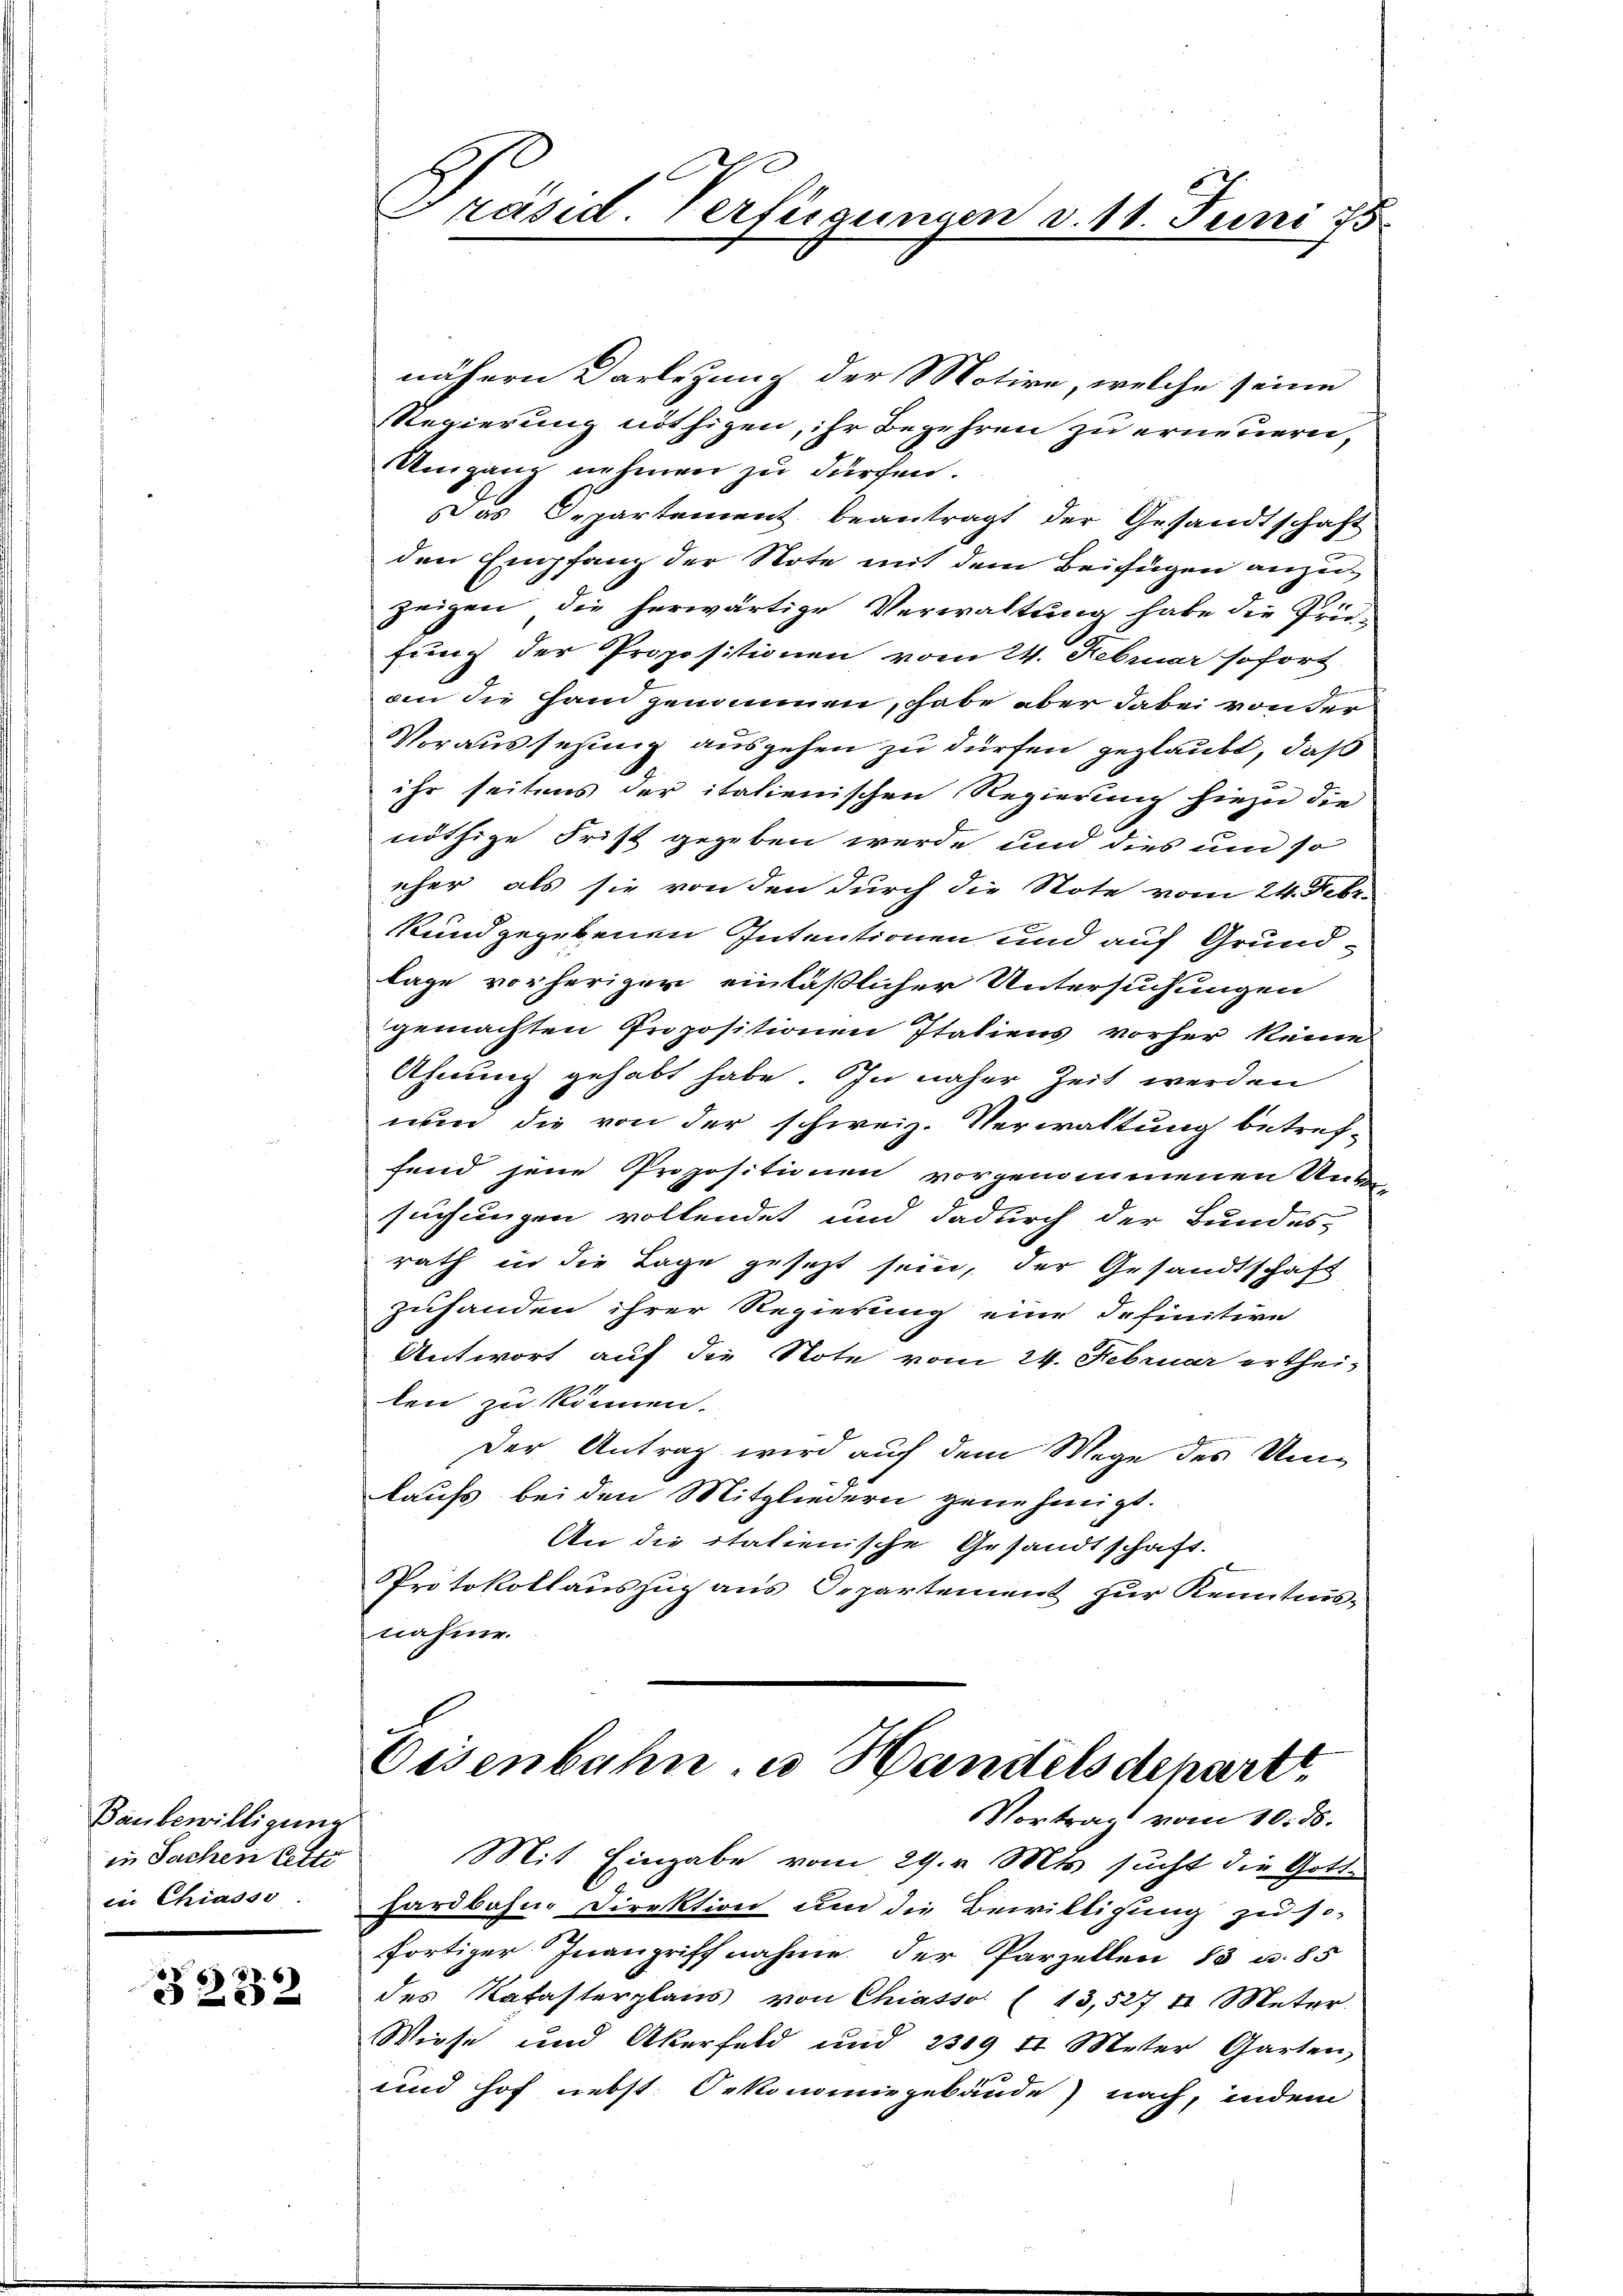
Baubewilligung
in Sachen Cette
in Chiasso.

3222

Präsid. Verfügungen v. 11. Juni 175.

nähern Darlegung der Motive, welche seine
Regierung nöthigen, ihr Begehren zu erneuern,
Umgang nehmen zu dürfen.
as Departement beantragt der Gesandtschaft
den Empfang der Note mit dem Beifügen anzuzeigen, die herwärtige Verwaltung habe die Friefung der Propositionen vom 24. Februar sofort
an die sam genommen, habe aber dabei von der
Voraussesung ausgehen zu dürfen geglaubt, daß
ihr seitens der italienischen Regierung hiezu die
nöthige Frist gegeben werde und dies um so
eher als sie von den durch die Note vom 24. Febr.
kundgegebenen Intentionen und auf Grundlage vorheriger einläßlicher Untersuchungen
gemachten Propositionen Italiens vorher keine
Ahnung gehabt habe. In näher Zeit werden
nun die von der schweiz. Verwaltung betref-
fand jene Propositionen vorgenommenen Unter
suchungen vollendet und dadurch der Bundes-
rath in die Tage gesezt sein, der Gesandtschaft
zuhanden ihrer Regierung eine definitive
Antwort auf die Note vom 24. Februar ertheilen zu können.
Der Antrag wird auf dem Wege des Umkaufs bei den Mitgliedern genehmigt.
An die italienische Gesandtschaft.
Protokollaŭszŭg ans Departement zŭr Kenntnis-
nahme.

Eisenbahn u Handelsdepart
Vortrag vom 10. ds.

Mit Eingabe vom 29. v. Mts. sucht die Gott-
hardbahn-Direktion um die Bewilligung zu so-
fortiger Inangriffnahme der Parzellen 13 u. 85
des Katasterplans von Chiasso (13,527 t Meter.
Wiese und Akerfeld und 2309 t Meter Garten,
und Hof nebst Orkonomiegebäude nach, indem